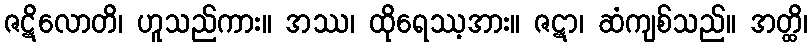
ဇဋိလောတိ၊ ဟူသည်ကား။ အဿ၊ ထိုရေဿ့အား။ ဇဋာ၊ ဆံကျစ်သည်။ အတ္ထိ၊